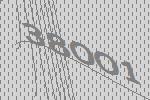
38001